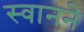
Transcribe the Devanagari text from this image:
स्वानने